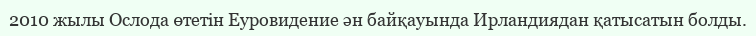
2010 жылы Ослода өтетін Еуровидение ән байқауында Ирландиядан қатысатын болды.